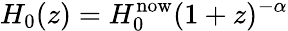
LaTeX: H_{0}(z)=H_{0}^{\mathrm{now}}(1+z)^{-\alpha}